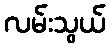
လမ်းသွယ်